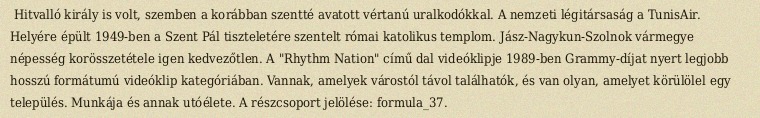
Hitvalló király is volt, szemben a korábban szentté avatott vértanú uralkodókkal. A nemzeti légitársaság a TunisAir. Helyére épült 1949-ben a Szent Pál tiszteletére szentelt római katolikus templom. Jász-Nagykun-Szolnok vármegye népesség korösszetétele igen kedvezőtlen. A "Rhythm Nation" című dal videóklipje 1989-ben Grammy-díjat nyert legjobb hosszú formátumú videóklip kategóriában. Vannak, amelyek várostól távol találhatók, és van olyan, amelyet körülölel egy település. Munkája és annak utóélete. A részcsoport jelölése: formula_37.